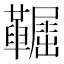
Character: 𩍞